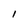
Character: 1